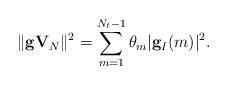
LaTeX: \begin{align*}\|\mathbf{g}\mathbf{V}_{N}\|^2 = \sum_{m = 1}^{N_t - 1} \theta_m |\mathbf{g}_I(m)|^2.\end{align*}